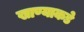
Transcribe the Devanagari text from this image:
खाण्याकडे